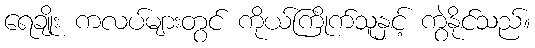
ရေချိုး ကလပ်များတွင် ကိုယ်ကြိုက်သူနှင့် ကွဲနိုင်သည်။